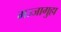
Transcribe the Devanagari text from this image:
मज्जागुहा